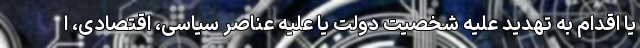
یا اقدام به تهدید علیه شخصیت دولت یا علیه عناصر سیاسی، اقتصادی، ا